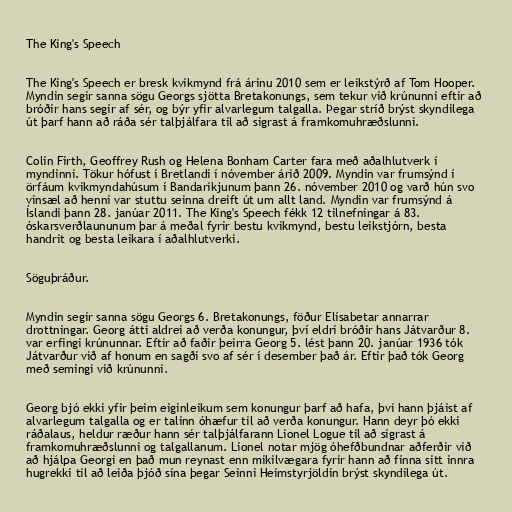
The King's Speech

The King's Speech er bresk kvikmynd frá árinu 2010 sem er leikstýrð af Tom Hooper.
Myndin segir sanna sögu Georgs sjötta Bretakonungs, sem tekur við krúnunni eftir að
bróðir hans segir af sér, og býr yfir alvarlegum talgalla. Þegar stríð brýst skyndilega
út þarf hann að ráða sér talþjálfara til að sigrast á framkomuhræðslunni.

Colin Firth, Geoffrey Rush og Helena Bonham Carter fara með aðalhlutverk í
myndinni. Tökur hófust í Bretlandi í nóvember árið 2009. Myndin var frumsýnd í
örfáum kvikmyndahúsum í Bandaríkjunum þann 26. nóvember 2010 og varð hún svo
vinsæl að henni var stuttu seinna dreift út um allt land. Myndin var frumsýnd á
Íslandi þann 28. janúar 2011. The King's Speech fékk 12 tilnefningar á 83.
óskarsverðlaununum þar á meðal fyrir bestu kvikmynd, bestu leikstjórn, besta
handrit og besta leikara í aðalhlutverki.

Söguþráður.

Myndin segir sanna sögu Georgs 6. Bretakonungs, föður Elísabetar annarrar
drottningar. Georg átti aldrei að verða konungur, því eldri bróðir hans Játvarður 8.
var erfingi krúnunnar. Eftir að faðir þeirra Georg 5. lést þann 20. janúar 1936 tók
Játvarður við af honum en sagði svo af sér í desember það ár. Eftir það tók Georg
með semingi við krúnunni.

Georg bjó ekki yfir þeim eiginleikum sem konungur þarf að hafa, því hann þjáist af
alvarlegum talgalla og er talinn óhæfur til að verða konungur. Hann deyr þó ekki
ráðalaus, heldur ræður hann sér talþjálfarann Lionel Logue til að sigrast á
framkomuhræðslunni og talgallanum. Lionel notar mjög óhefðbundnar aðferðir við
að hjálpa Georgi en það mun reynast enn mikilvægara fyrir hann að finna sitt innra
hugrekki til að leiða þjóð sína þegar Seinni Heimstyrjöldin brýst skyndilega út.